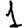
Digit: 1